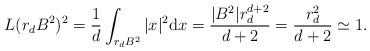
LaTeX: \begin{align*}L(r_d B^2)^2=\frac{1}{d}\int_{ r_d B^2}|x|^2{\rm d}x=\frac{|B^2|r_d^{d+2}}{d+2}=\frac{r_d^{2}}{d+2}\simeq 1.\end{align*}